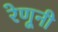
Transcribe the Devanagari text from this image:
रेणूनी